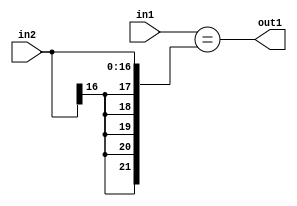
`timescale 1ps / 1ps
/*****************************************************************************
    Verilog RTL Description
    
    
    Created by: Stratus DpOpt 2019.1.01 
*******************************************************************************/

module st_weight_addr_gen_Equal_17Sx16U_1U_4_11 (
	in2,
	in1,
	out1
	); /* architecture "behavioural" */ 
input [16:0] in2;
input [15:0] in1;
output  out1;
wire  asc001;

assign asc001 = (in1=={{5{in2[16]}}, in2});

assign out1 = asc001;
endmodule

/* CADENCE  ubPyTg4= : u9/ySgnWtBlWxVPRXgAZ4Og= ** DO NOT EDIT THIS LINE ******/